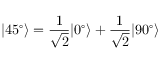
| 4 5 ^ { \circ } \rangle = \frac { 1 } { \sqrt { 2 } } | 0 ^ { \circ } \rangle + \frac { 1 } { \sqrt { 2 } } | 9 0 ^ { \circ } \rangle